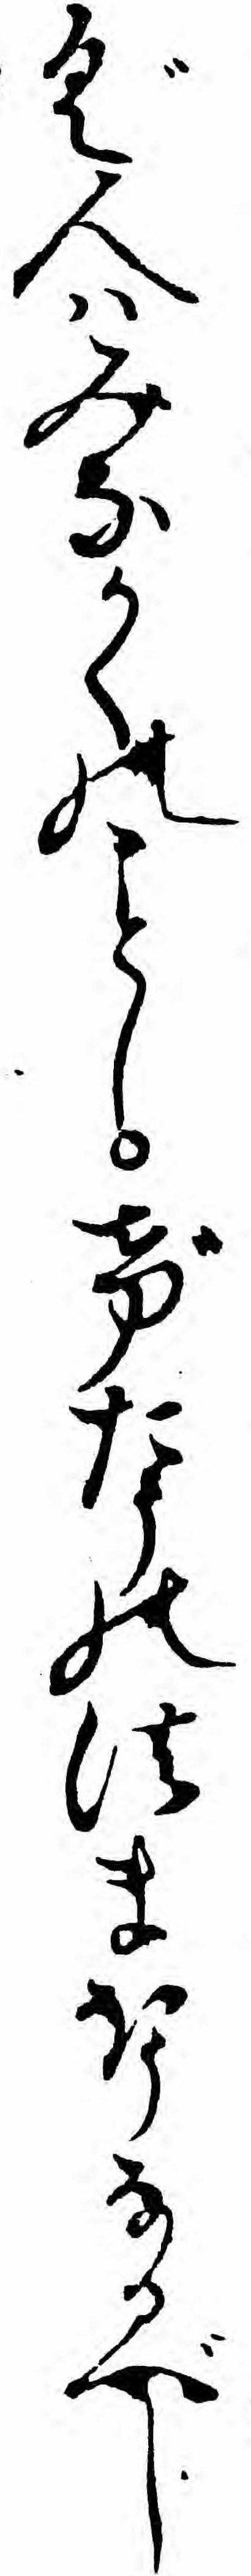
ぐ人ハみなかくのしげたうの法まほうなるべし